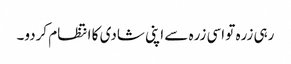
رہی زرہ تو اسی زرہ سے اپنی شادی کا انتظام کردو۔